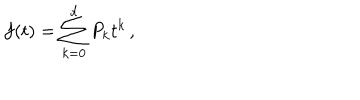
f ( t ) = \sum _ { k = 0 } ^ { d } P _ { k } t ^ { k } \, ,